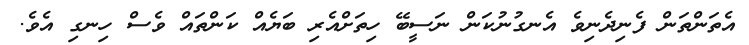
އެތަންތަން ފެނިދެނިވެ އެނގުނުކަން ނަސީބޭ ހިތަށްއެރި ބަޔެއް ކަންތައް ވެސް ހިނގި އެވެ.